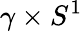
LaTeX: \gamma\times S^{1}